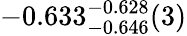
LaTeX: -0.633_{-0.646}^{-0.628}(3)